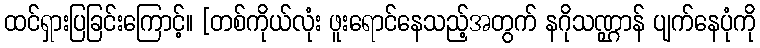
ထင်ရှားပြခြင်းကြောင့်။ [တစ်ကိုယ်လုံး ဖူးရောင်နေသည့်အတွက် နဂိုသဏ္ဌာန် ပျက်နေပုံကို